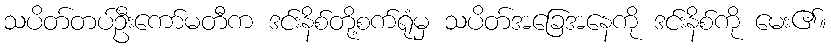
သပိတ်တပ်ဦးကော်မတီက ဒင်းနိစ်တို့စက်ရုံမှ သပိတ်အခြေအနေကို ဒင်းနိစ်ကို မေး၏။